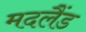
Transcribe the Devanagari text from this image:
मदलैंड